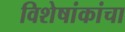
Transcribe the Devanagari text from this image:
विशेषांकांचा